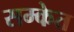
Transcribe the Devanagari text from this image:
सम्केत